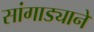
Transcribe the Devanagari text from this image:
सांगाड्याने